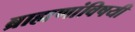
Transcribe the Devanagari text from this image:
ब्राह्मणांविषयी